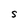
Character: S